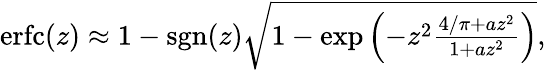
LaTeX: \begin{array}{r}{\operatorname{erfc}(z)\approx 1-\operatorname{sgn}(z){\sqrt{1-\exp\left(-z^{2}{\frac{4/\pi+az^{2}}{1+az^{2}}}\right)}},}\end{array}